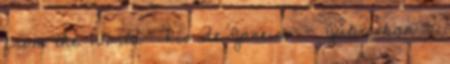
from the World- Rio de Janeiro - Júliusban -